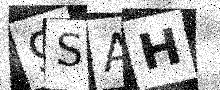
Text: 9SAH